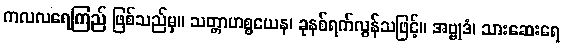
ကလလရေကြည် ဖြစ်သည်မှ။ သတ္တာဟစ္စယေန၊ ခုနစ်ရက်လွန်သဖြင့်။ အဗ္ဗုဒံ၊ သားဆေးရေ